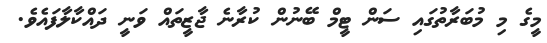
މީގެ މި މުބަރާތުގައި ސަން ޓީމް ބޭނުން ކުރާނެ ޖާޒީތައް ވަނީ ދައްކާލާފައެވެ.